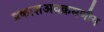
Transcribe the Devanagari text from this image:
प्रकाशअवक्रमणीय